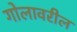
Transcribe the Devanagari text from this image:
गोलावरील